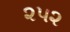
૨૫૨